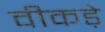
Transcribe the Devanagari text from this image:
वीकड़े